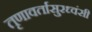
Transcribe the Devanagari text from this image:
तृणावर्तासुरध्वंसी